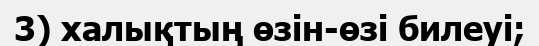
3) халықтың өзін-өзі билеуі;